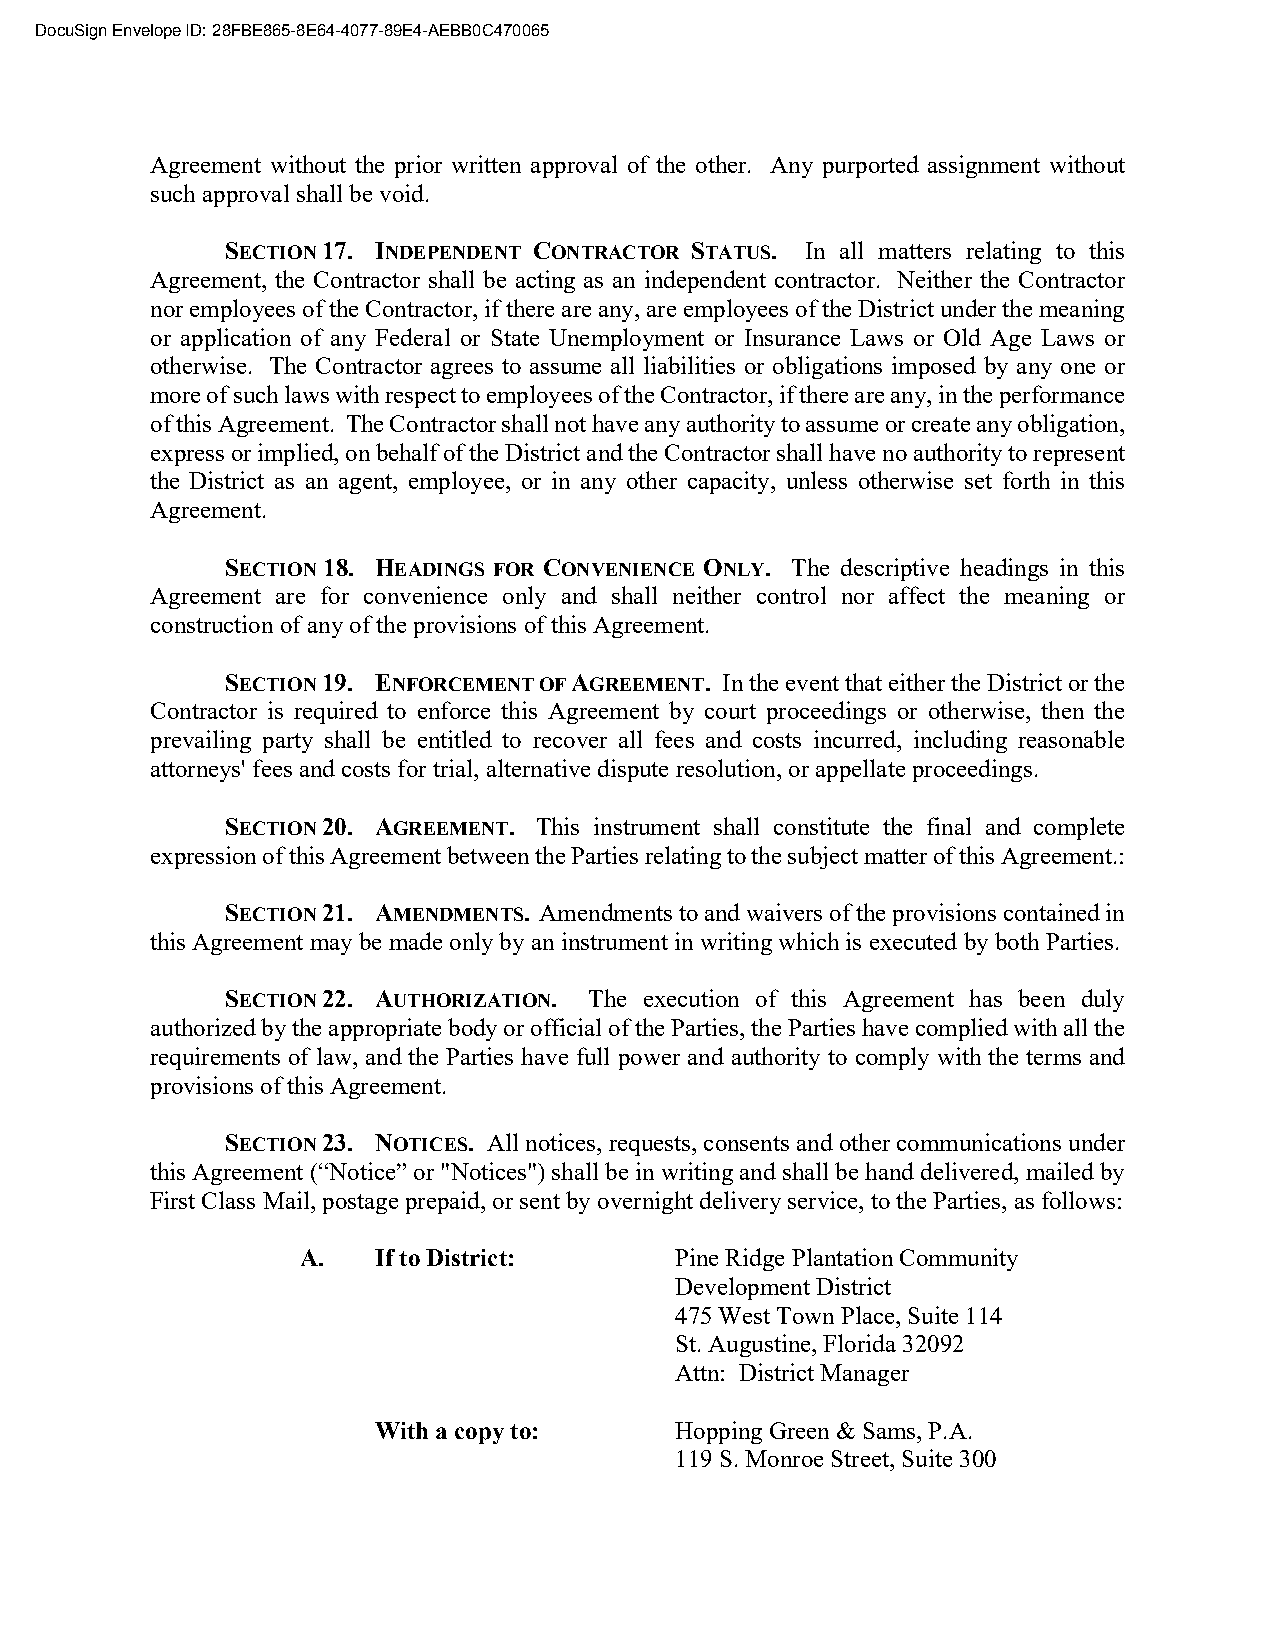
DocuSign Envelope ID: 28FBE865-8E64-4077-89E4-AEBB0C470065
 Agreement without the prior written approval of the other. Any purported assignment without
 such approval shall be void.
 SECTION 17. INDEPENDENT CONTRACTOR STATUS. In all matters relating to this
 Agreement, the Contractor shall be acting as an independent contractor. Neither the Contractor
 nor employees of the Contractor, if there are any, are employees of the District under the meaning
 or application of any Federal or State Unemployment or Insurance Laws or Old Age Laws or
 otherwise. The Contractor agrees to assume all liabilities or obligations imposed by any one or
 more of such laws with respect to employees of the Contractor, if there are any, in the performance
 of this Agreement. The Contractor shall not have any authority to assume or create any obligation,
 express or implied, on behalf of the District and the Contractor shall have no authority to represent
 the District as an agent, employee, or in any other capacity, unless otherwise set forth in this
 Agreement.
 SECTION 18. HEADINGS FOR CONVENIENCE ONLY. The descriptive headings in this
 Agreement are for convenience only and shall neither control nor affect the meaning or
 construction of any of the provisions of this Agreement.
 SECTION 19. ENFORCEMENT OF AGREEMENT. In the event that either the District or the
 Contractor is required to enforce this Agreement by court proceedings or otherwise, then the
 prevailing party shall be entitled to recover all fees and costs incurred, including reasonable
 attorneys' fees and costs for trial, alternative dispute resolution, or appellate proceedings.
 SECTION 20. AGREEMENT. This instrument shall constitute the final and complete
 expression of this Agreement between the Parties relating to the subject matter of this Agreement.:
 SECTION 21. AMENDMENTS. Amendments to and waivers of the provisions contained in
 this Agreement may be made only by an instrument in writing which is executed by both Parties.
 SECTION 22. AUTHORIZATION. The execution of this Agreement has been duly
 authorized by the appropriate body or official of the Parties, the Parties have complied with all the
 requirements of law, and the Parties have full power and authority to comply with the terms and
 provisions of this Agreement.
 SECTION 23. NOTICES. All notices, requests, consents and other communications under
 this Agreement (“Notice” or "Notices") shall be in writing and shall be hand delivered, mailed by
 First Class Mail, postage prepaid, or sent by overnight delivery service, to the Parties, as follows:
 A.   If to District:     Pine Ridge Plantation Community
 Development District
 475 West Town Place, Suite 114
 St. Augustine, Florida 32092
 Attn: District Manager
 With a copy to:     Hopping Green & Sams, P.A.
 119 S. Monroe Street, Suite 300